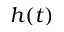
h ( t )